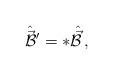
LaTeX: \begin{align*}\hat{\vec{\cal B}}{}^{\prime} = \Lambda \hat{\vec{\cal B}}\, ,\end{align*}